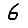
Digit: 6